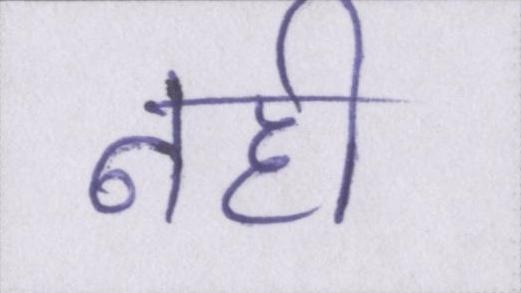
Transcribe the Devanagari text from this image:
नही